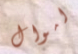
اموال